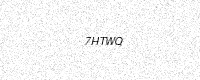
Text: 7HTWQ